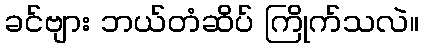
ခင်ဗျား ဘယ်တံဆိပ် ကြိုက်သလဲ။